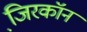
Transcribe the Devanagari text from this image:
जि़रकॉन